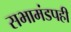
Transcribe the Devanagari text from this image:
सभामंडपही